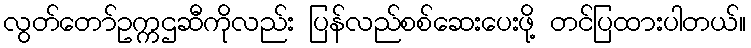
လွတ်တော်ဥက္ကဌဆီကိုလည်း ပြန်လည်စစ်ဆေးပေးဖို့ တင်ပြထားပါတယ်။